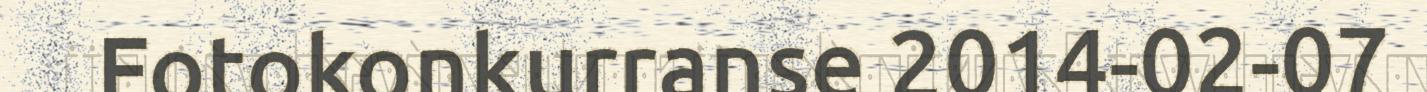
Fotokonkurranse 2014-02-07